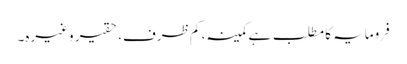
فِرومایہ کا مطلب ہے کمینہ، کم ظرف، حقیر وغیرہ۔